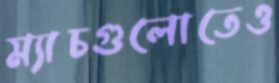
ম্যাচগুলোতেও